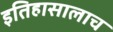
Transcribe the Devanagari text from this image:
इतिहासालाच